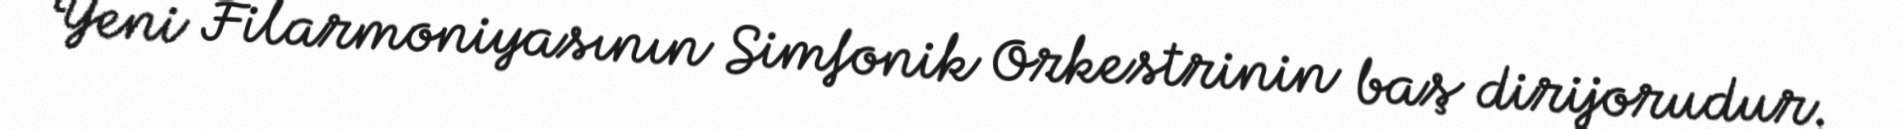
Yeni Filarmoniyasının Simfonik Orkestrinin baş dirijorudur.